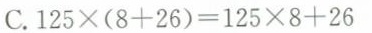
C. $$1 2 5 \times ( 8 +2 6 ) = 1